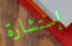
إستشارة